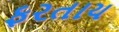
ફરતાય